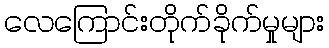
လေကြောင်းတိုက်ခိုက်မှုများ